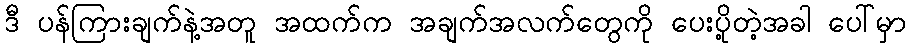
ဒီ ပန်ကြားချက်နဲ့အတူ အထက်က အချက်အလက်တွေကို ပေးပို့တဲ့အခါ ပေါ်မှာ